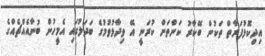
އިދިކޮޅުފަަރާތް ތަކުން ބޭކާރު ކަންތަށް ކުރަނީ އޭ ވިދާޅުވުމުގެ ބަދަލުގައި އެމީހުން ބުނާއެއްޗެއްގެ